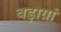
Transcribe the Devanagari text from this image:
बड़ाग्रां